Problem: 21 - 19 = ?
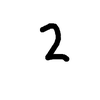
Handwritten answer: 2